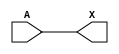
module sky130_fd_sc_hdll__dlygate4sd2_5 (
    X,
    A
);
    output X;
    input  A;
    wire buf0_out_X;
    buf buf0 (buf0_out_X, A              );
    buf buf1 (X         , buf0_out_X     );
endmodule